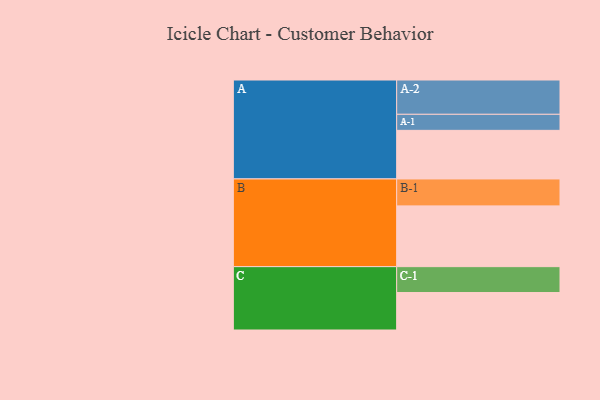
{"axis": {"x": "Segment", "y": "Value"}, "legend": ["", "A", "B", "C"], "data": [{"x": "A", "y": 415, "type": ""}, {"x": "B", "y": 519, "type": ""}, {"x": "C", "y": 320, "type": ""}, {"x": "A-1", "y": 137, "type": "A"}, {"x": "A-2", "y": 293, "type": "A"}, {"x": "B-1", "y": 230, "type": "B"}, {"x": "C-1", "y": 221, "type": "C"}]}